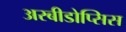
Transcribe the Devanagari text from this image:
अरबीडोप्सिस